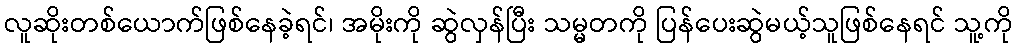
လူဆိုးတစ်ယောက်ဖြစ်နေခဲ့ရင်၊ အမိုးကို ဆွဲလှန်ပြီး သမ္မတကို ပြန်ပေးဆွဲမယ့်သူဖြစ်နေရင် သူ့ကို